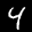
Label: 4